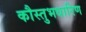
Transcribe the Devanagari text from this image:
कौस्तुभधारिण